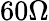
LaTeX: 60\Omega